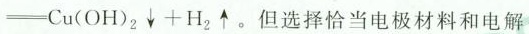
\xlongequal[]{} Cu(OH)_{2} \downarrow + H_{2} \uparrow。但选择恰当电极材料和电解